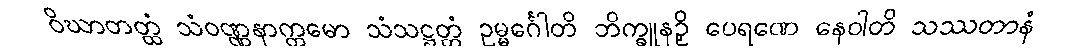
ဝိဃာတတ္ထံ သံဝဏ္ဏနာက္ကမော သံသဋ္ဌတ္တံ ဥမ္မင်္ဂေါတိ ဘိက္ခူနဉှိ ပေရဏေ နေဝါတိ သဿတာနံ